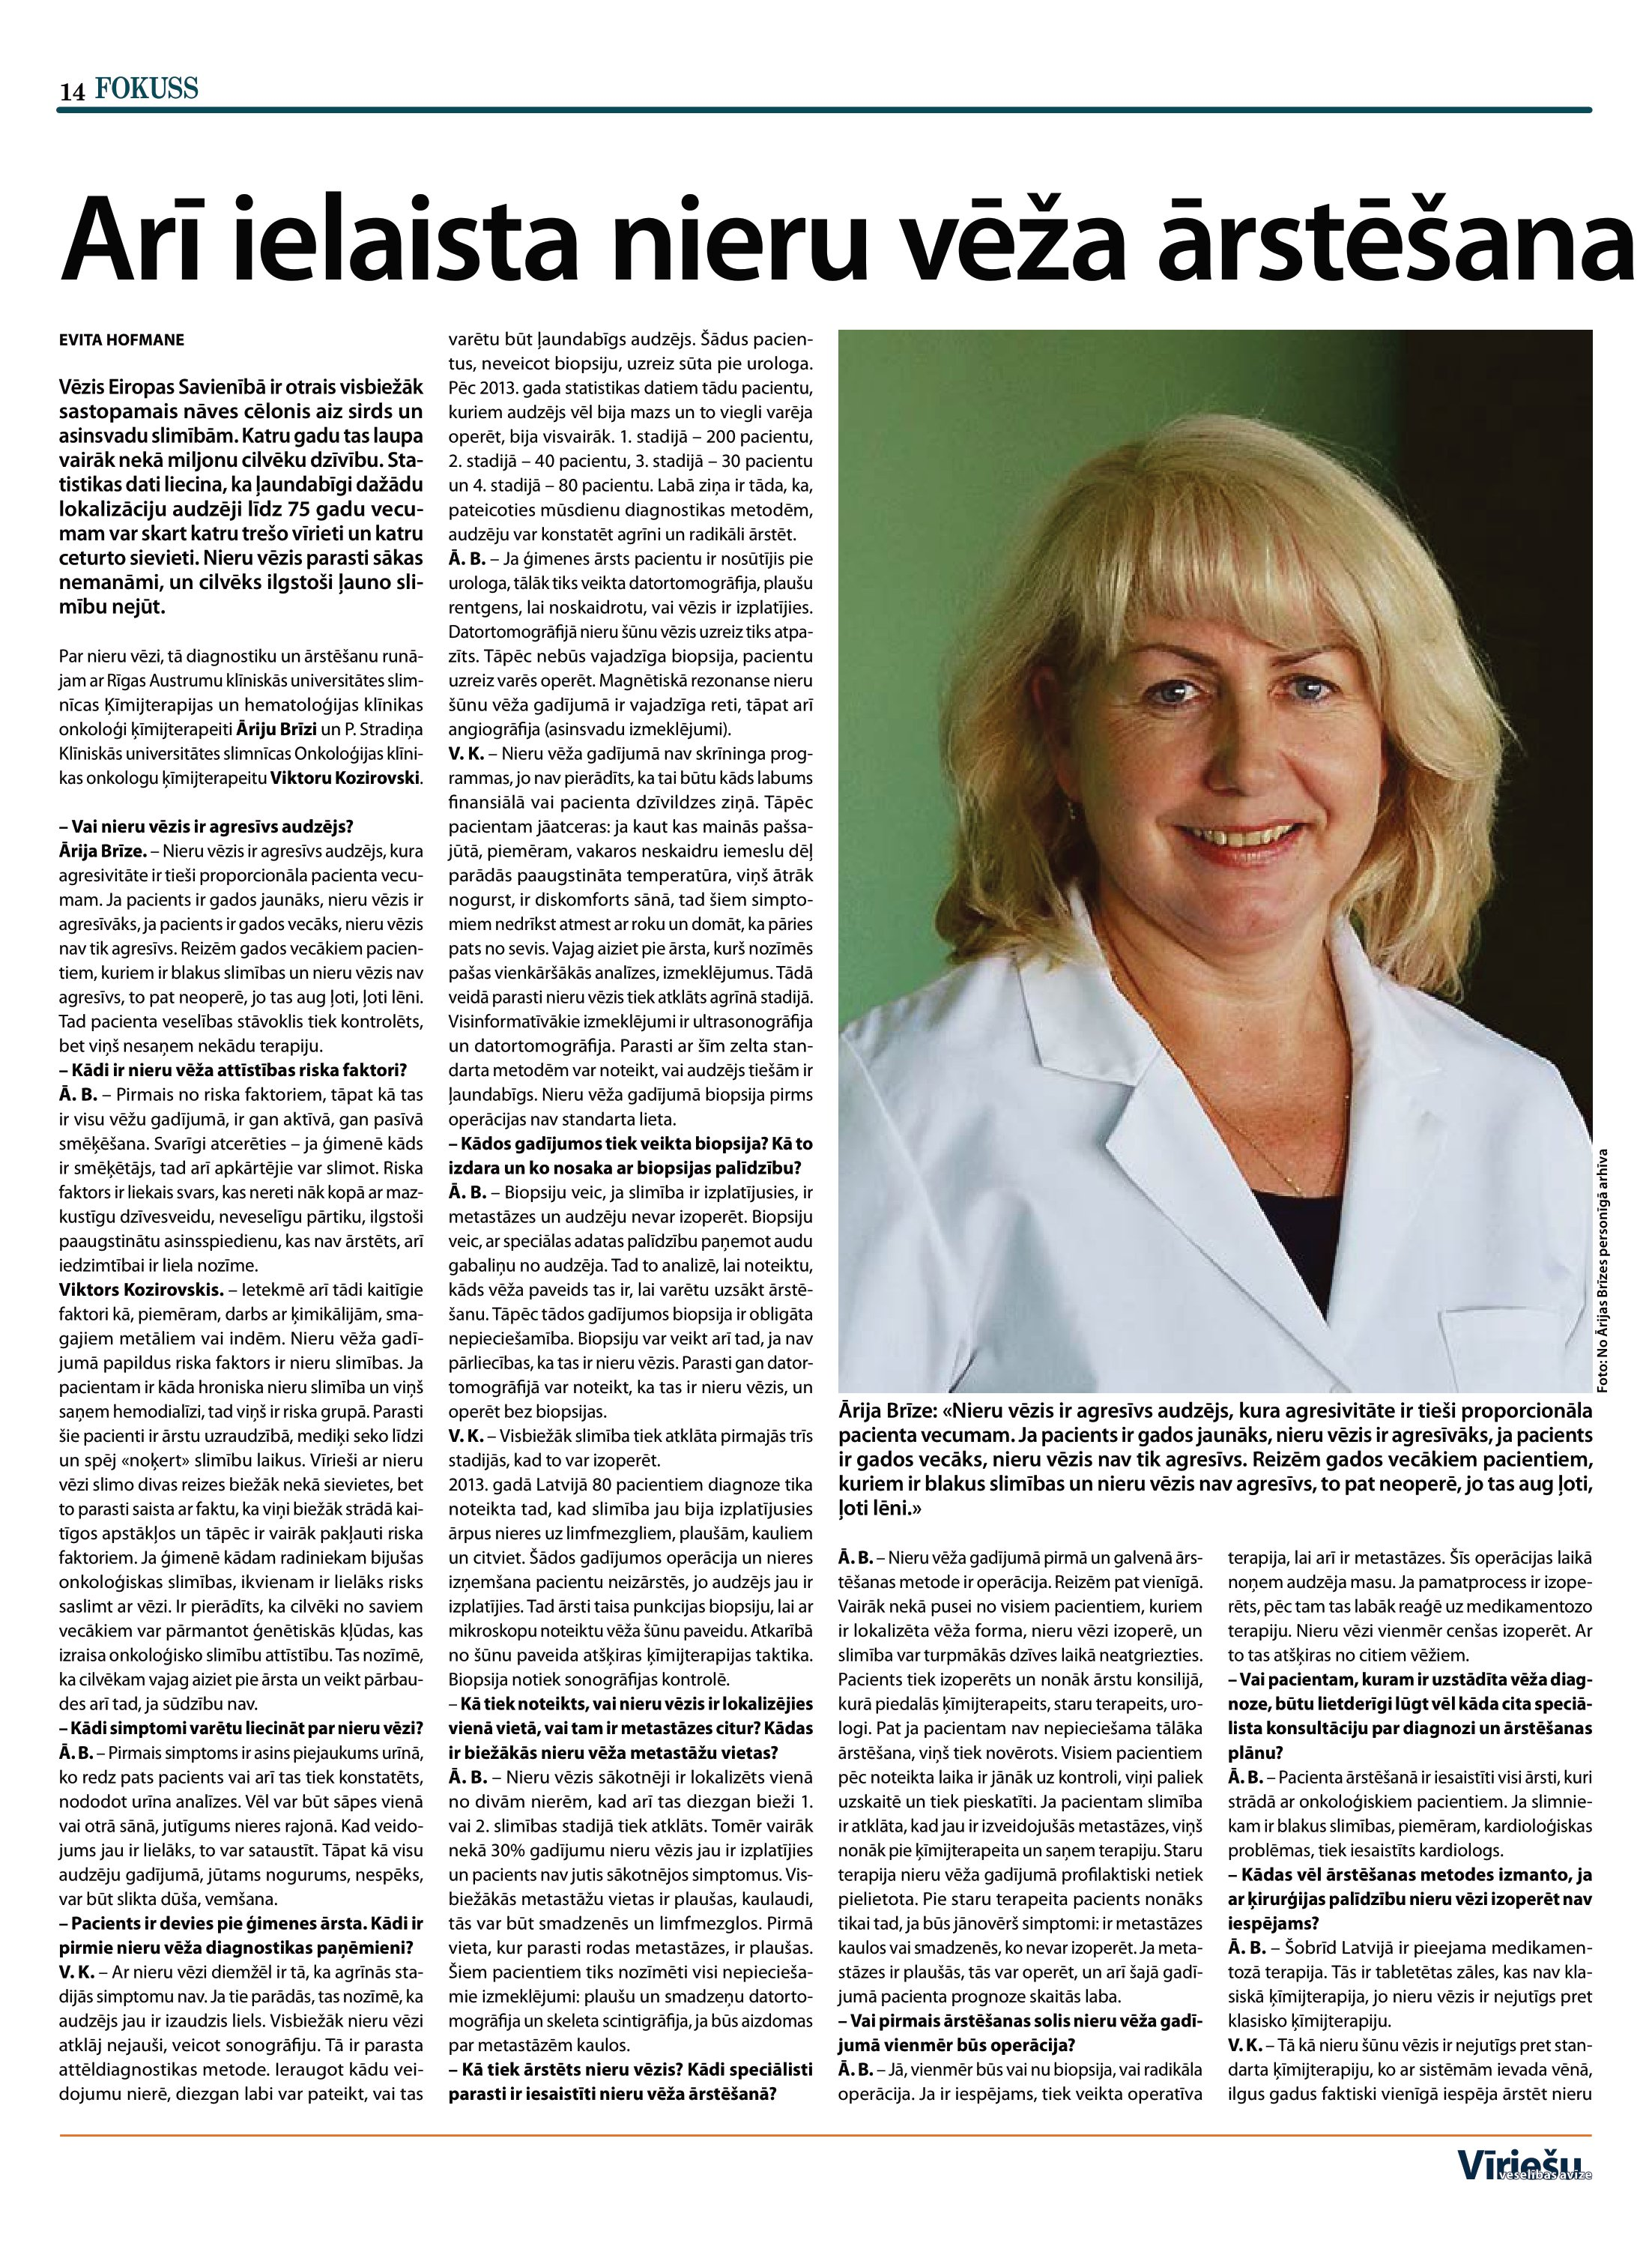
Language: lv